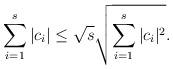
LaTeX: \begin{align*} \sum_{i=1}^s |c_{i}| \leq \sqrt{s} \sqrt{\sum_{i=1}^s |c_{i}|^{2}}.\end{align*}